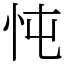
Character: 忳